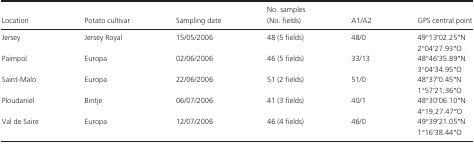
| Location | Potato cultivar | Sampling date | No. samples (No. fields) | A1/A2 | GPS central point |
 | --- | --- | --- | --- | --- | --- |
 | Jersey | Jersey Royal | 15/05/2006 | 48 (5 fields) | 48/0 | 49°13′02.25′′N 2°04′27.93′′O |
 | Paimpol | Europa | 02/06/2006 | 46 (5 fields) | 33/13 | 48°46′35.89′′N 3°04′34.95′′O |
 | Saint-Malo | Europa | 22/06/2006 | 51 (2 fields) | 51/0 | 48°37′0.45′′N 1°57′21;36′′O |
 | Ploudaniel | Bintje | 06/07/2006 | 41 (3 fields) | 40/1 | 48°30′06.10′′N 4°19,27.47′′O |
 | Val de Saire | Europa | 12/07/2006 | 46 (4 fields) | 46/0 | 49°39′21.05′′N 1°16′38.44′′O |